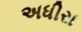
અધીરા